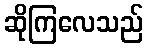
ဆိုကြလေသည်